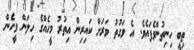
ތިބީ ހިނިތުންވެފައެވެ. އެ ވަގުތު ވަރަށް ކައިރިން އިތުރު މީހެއްގެ ހިލަން ވީހެން